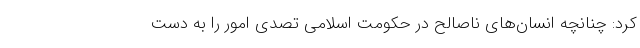
کرد: چنانچه انسان‌های ناصالح در حکومت اسلامی تصدی امور را به دست